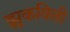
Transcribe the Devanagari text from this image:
झुकविली